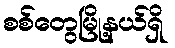
စစ်တွေမြို့နယ်ရှိ